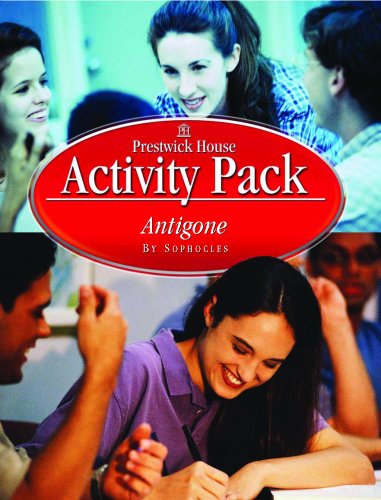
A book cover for Antigone - Activity Pack; Sophocles; Literature & Fiction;